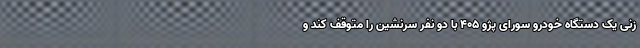
زنی یک دستگاه خودرو سورای پژو ۴۰۵ با دو نفر سرنشین را متوقف کند و